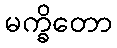
မက္ခိတော